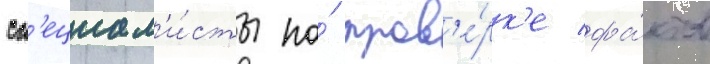
сп'ециал'и́сты по́ пров'е́рк'е фа́ктов